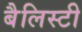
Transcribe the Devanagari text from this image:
बैलिस्टी